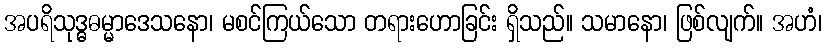
အပရိသုဒ္ဓဓမ္မာဒေသနော၊ မစင်ကြယ်သော တရားဟောခြင်း ရှိသည်။ သမာနော၊ ဖြစ်လျက်။ အဟံ၊